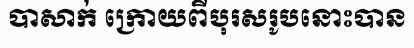
បាសាក់ ក្រោយពីបុរសរូបនោះបាន